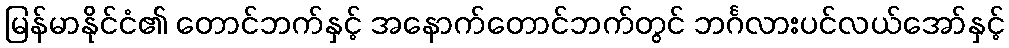
မြန်မာနိုင်ငံ၏ တောင်ဘက်နှင့် အနောက်တောင်ဘက်တွင် ဘင်္ဂလားပင်လယ်အော်နှင့်